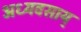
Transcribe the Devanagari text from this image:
अध्यवसाय्